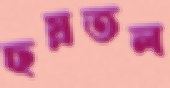
ছয়তল